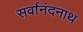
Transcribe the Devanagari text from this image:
सर्वानंदनाथ